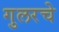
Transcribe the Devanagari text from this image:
गुलरचे